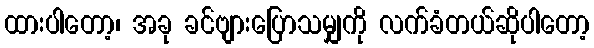
ထားပါတော့၊ အခု ခင်ဗျားပြောသမျှကို လက်ခံတယ်ဆိုပါတော့